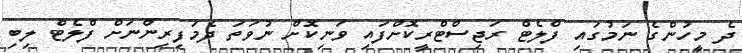
ދެ މީހުންގެ ނަމުގައި ފްލެޓް ރަޖިސްޓްރީކޮށްފައި ވަނިކޮށް ނުވަތަ ދެމަފިރިންނަށް ފްލެޓް ލިބި